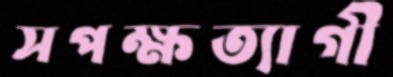
সপক্ষত্যাগী